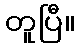
တူပြီ။